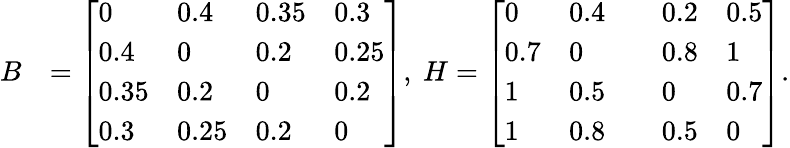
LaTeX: \begin{array}{rl}{B}&{=\left[\begin{array}{llll}{0}&{0.4}&{0.35}&{0.3}\\ {0.4}&{0}&{0.2}&{0.25}\\ {0.35}&{0.2}&{0}&{0.2}\\ {0.3}&{0.25}&{0.2}&{0}\end{array}\right],~H=\left[\begin{array}{lllll}{0}&{0.4}&&{0.2}&{0.5}\\ {0.7}&{0}&&{0.8}&{1}\\ {1}&{0.5}&&{0}&{0.7}\\ {1}&{0.8}&&{0.5}&{0}\end{array}\right].}\end{array}